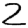
Digit: 2